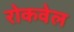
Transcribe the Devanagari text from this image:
रोकवेल